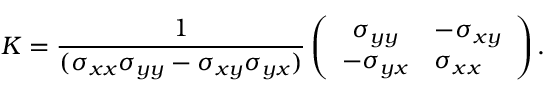
K = { \frac { 1 } { ( \sigma _ { x x } \sigma _ { y y } - \sigma _ { x y } \sigma _ { y x } ) } } \left( \begin{array} { c l c r } { { \sigma _ { y y } } } & { { - \sigma _ { x y } } } \\ { { - \sigma _ { y x } } } & { { \sigma _ { x x } } } \end{array} \right) .